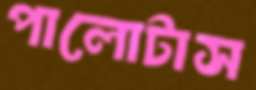
পালোটাস